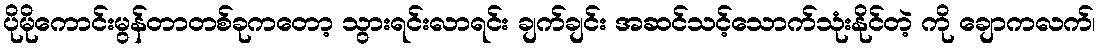
ပိုမိုကောင်းမွန်တာတစ်ခုကတော့ သွားရင်းလာရင်း ချက်ချင်း အဆင်သင့်သောက်သုံးနိုင်တဲ့ ကို ချောကလက်၊